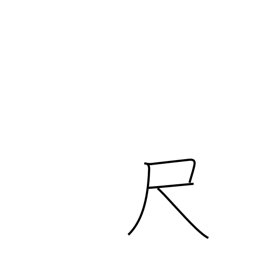
Meaning: scale